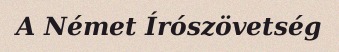
A Német Írószövetség